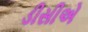
ડીસીએ